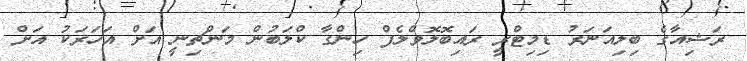
ރަޝިއާގެ ބިލިއަނަރު ޑިމިޓްރީ ރައިބޮލޮވްލެފް ހިންގާ ކްލަބުން މަންޗިނީ އަށް އަހަރަކު އަށް